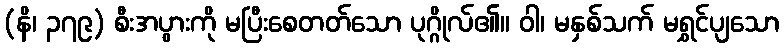
(နိ၊ ၃၇၉) စီးအပွားကို မပြီးစေတတ်သော ပုဂ္ဂိုလ်၏။ ဝါ၊ မနှစ်သက် မရွှင်ပျသော